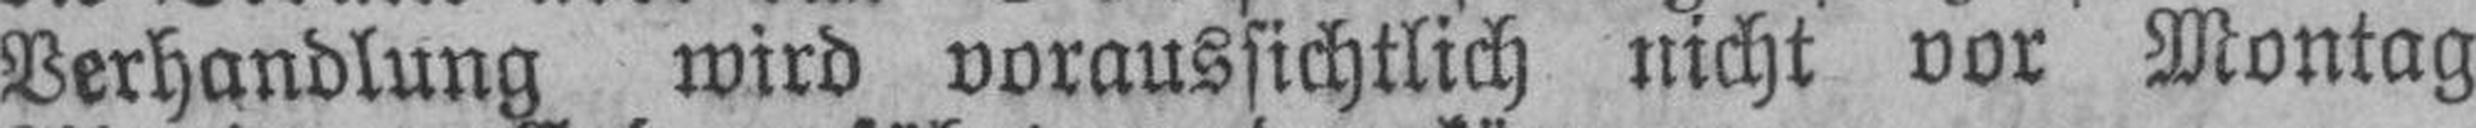
Verhandlung wird voraussichtlich nicht vor Montag